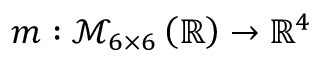
m : \mathcal { M } _ { 6 \times 6 } \left( \mathbb { R } \right) \to \mathbb { R } ^ { 4 }